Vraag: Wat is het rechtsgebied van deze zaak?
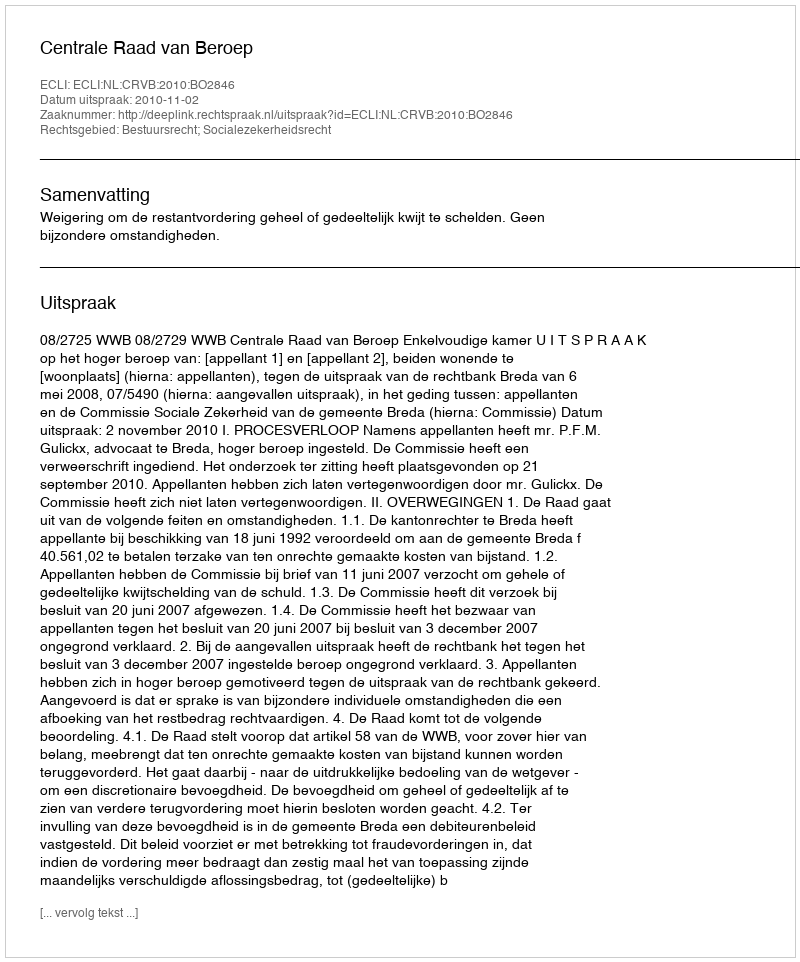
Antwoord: Bestuursrecht; Socialezekerheidsrecht